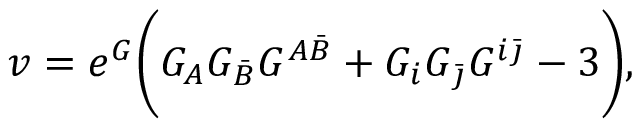
v = e ^ { G } \biggl ( G _ { A } G _ { \bar { B } } G ^ { A \bar { B } } + G _ { i } G _ { \bar { \jmath } } G ^ { i \bar { \jmath } } - 3 \biggr ) ,